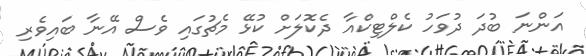
އަންނަ ބުދަ ދުވަހު ކެލްޓިކްއާ ދެކޮލަށް ކުޅޭ މެޗުގައި ވެސް އޭނާ ބައިވެރި